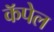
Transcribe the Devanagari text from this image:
कॅपेल